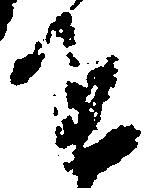
を